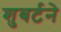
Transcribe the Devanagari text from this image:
शुबर्टने